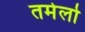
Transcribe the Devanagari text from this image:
तमेर्लो